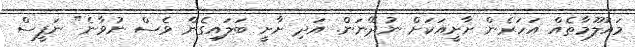
މައުލޫމާތެއް އަހަރެން ށާށީއަކަށް ނުދޭނަން. އަދި ށާށީ ބަލައިގެން ވެސް ނުވާނެ" ނަފީސް